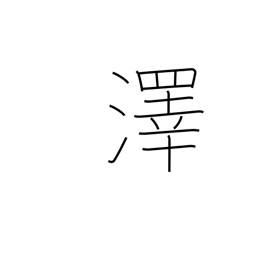
Meaning: swamp